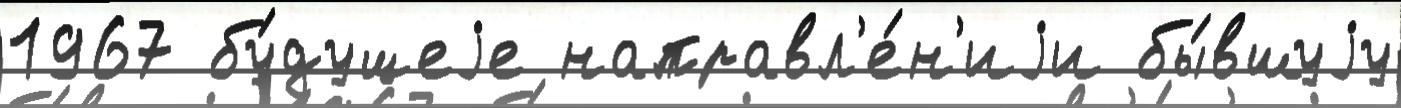
1967 бу́дущеjе направл'е́н'иjи бы́вшуjу